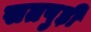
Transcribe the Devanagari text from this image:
सतपुड़ी